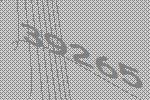
39265